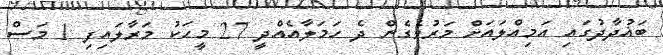
ބަޣުދާދުގައި އަމިއްލައަށް މަރުވެގެން ދެ ހަމަލާއެއްދީ 27 މީހަކު މަރާލައިފި 1 މަސް